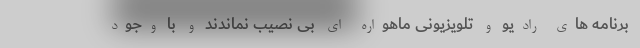
برنامه های رادیو و تلویزیونی ماهواره ای بی نصیب نماندند و با وجود